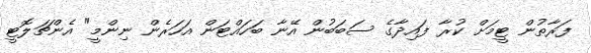
ފަރާތުން ޓީމަށް ކުރާ ފައިދާގެ ސަބަބުން އޭނާ ބަހައްޓަން އަހަރެން ނިންމީ" އެންޗަލޮޓީ